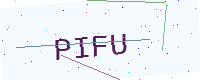
Text: PIFU